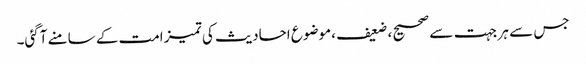
جس سے ہر جہت سے صحیح ، ضعیف ،موضوع احادیث کی تمیز امت کے سامنے آگئی۔